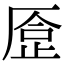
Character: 𠪈